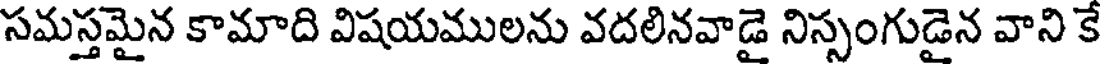
సమస్తమైన కామాది విషయములను వదలినవాడై నిస్సంగుడైన వాని కే